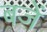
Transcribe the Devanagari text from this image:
बजें